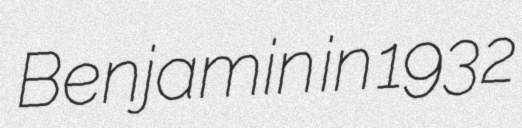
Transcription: Benjamin in 1932